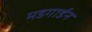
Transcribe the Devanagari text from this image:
मडगार्डन